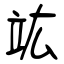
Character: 竑